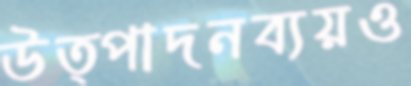
উত্পাদনব্যয়ও